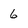
Character: 6